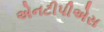
એનટીપીએસ